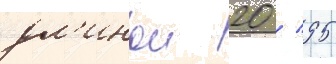
дл'инои 20 / 95